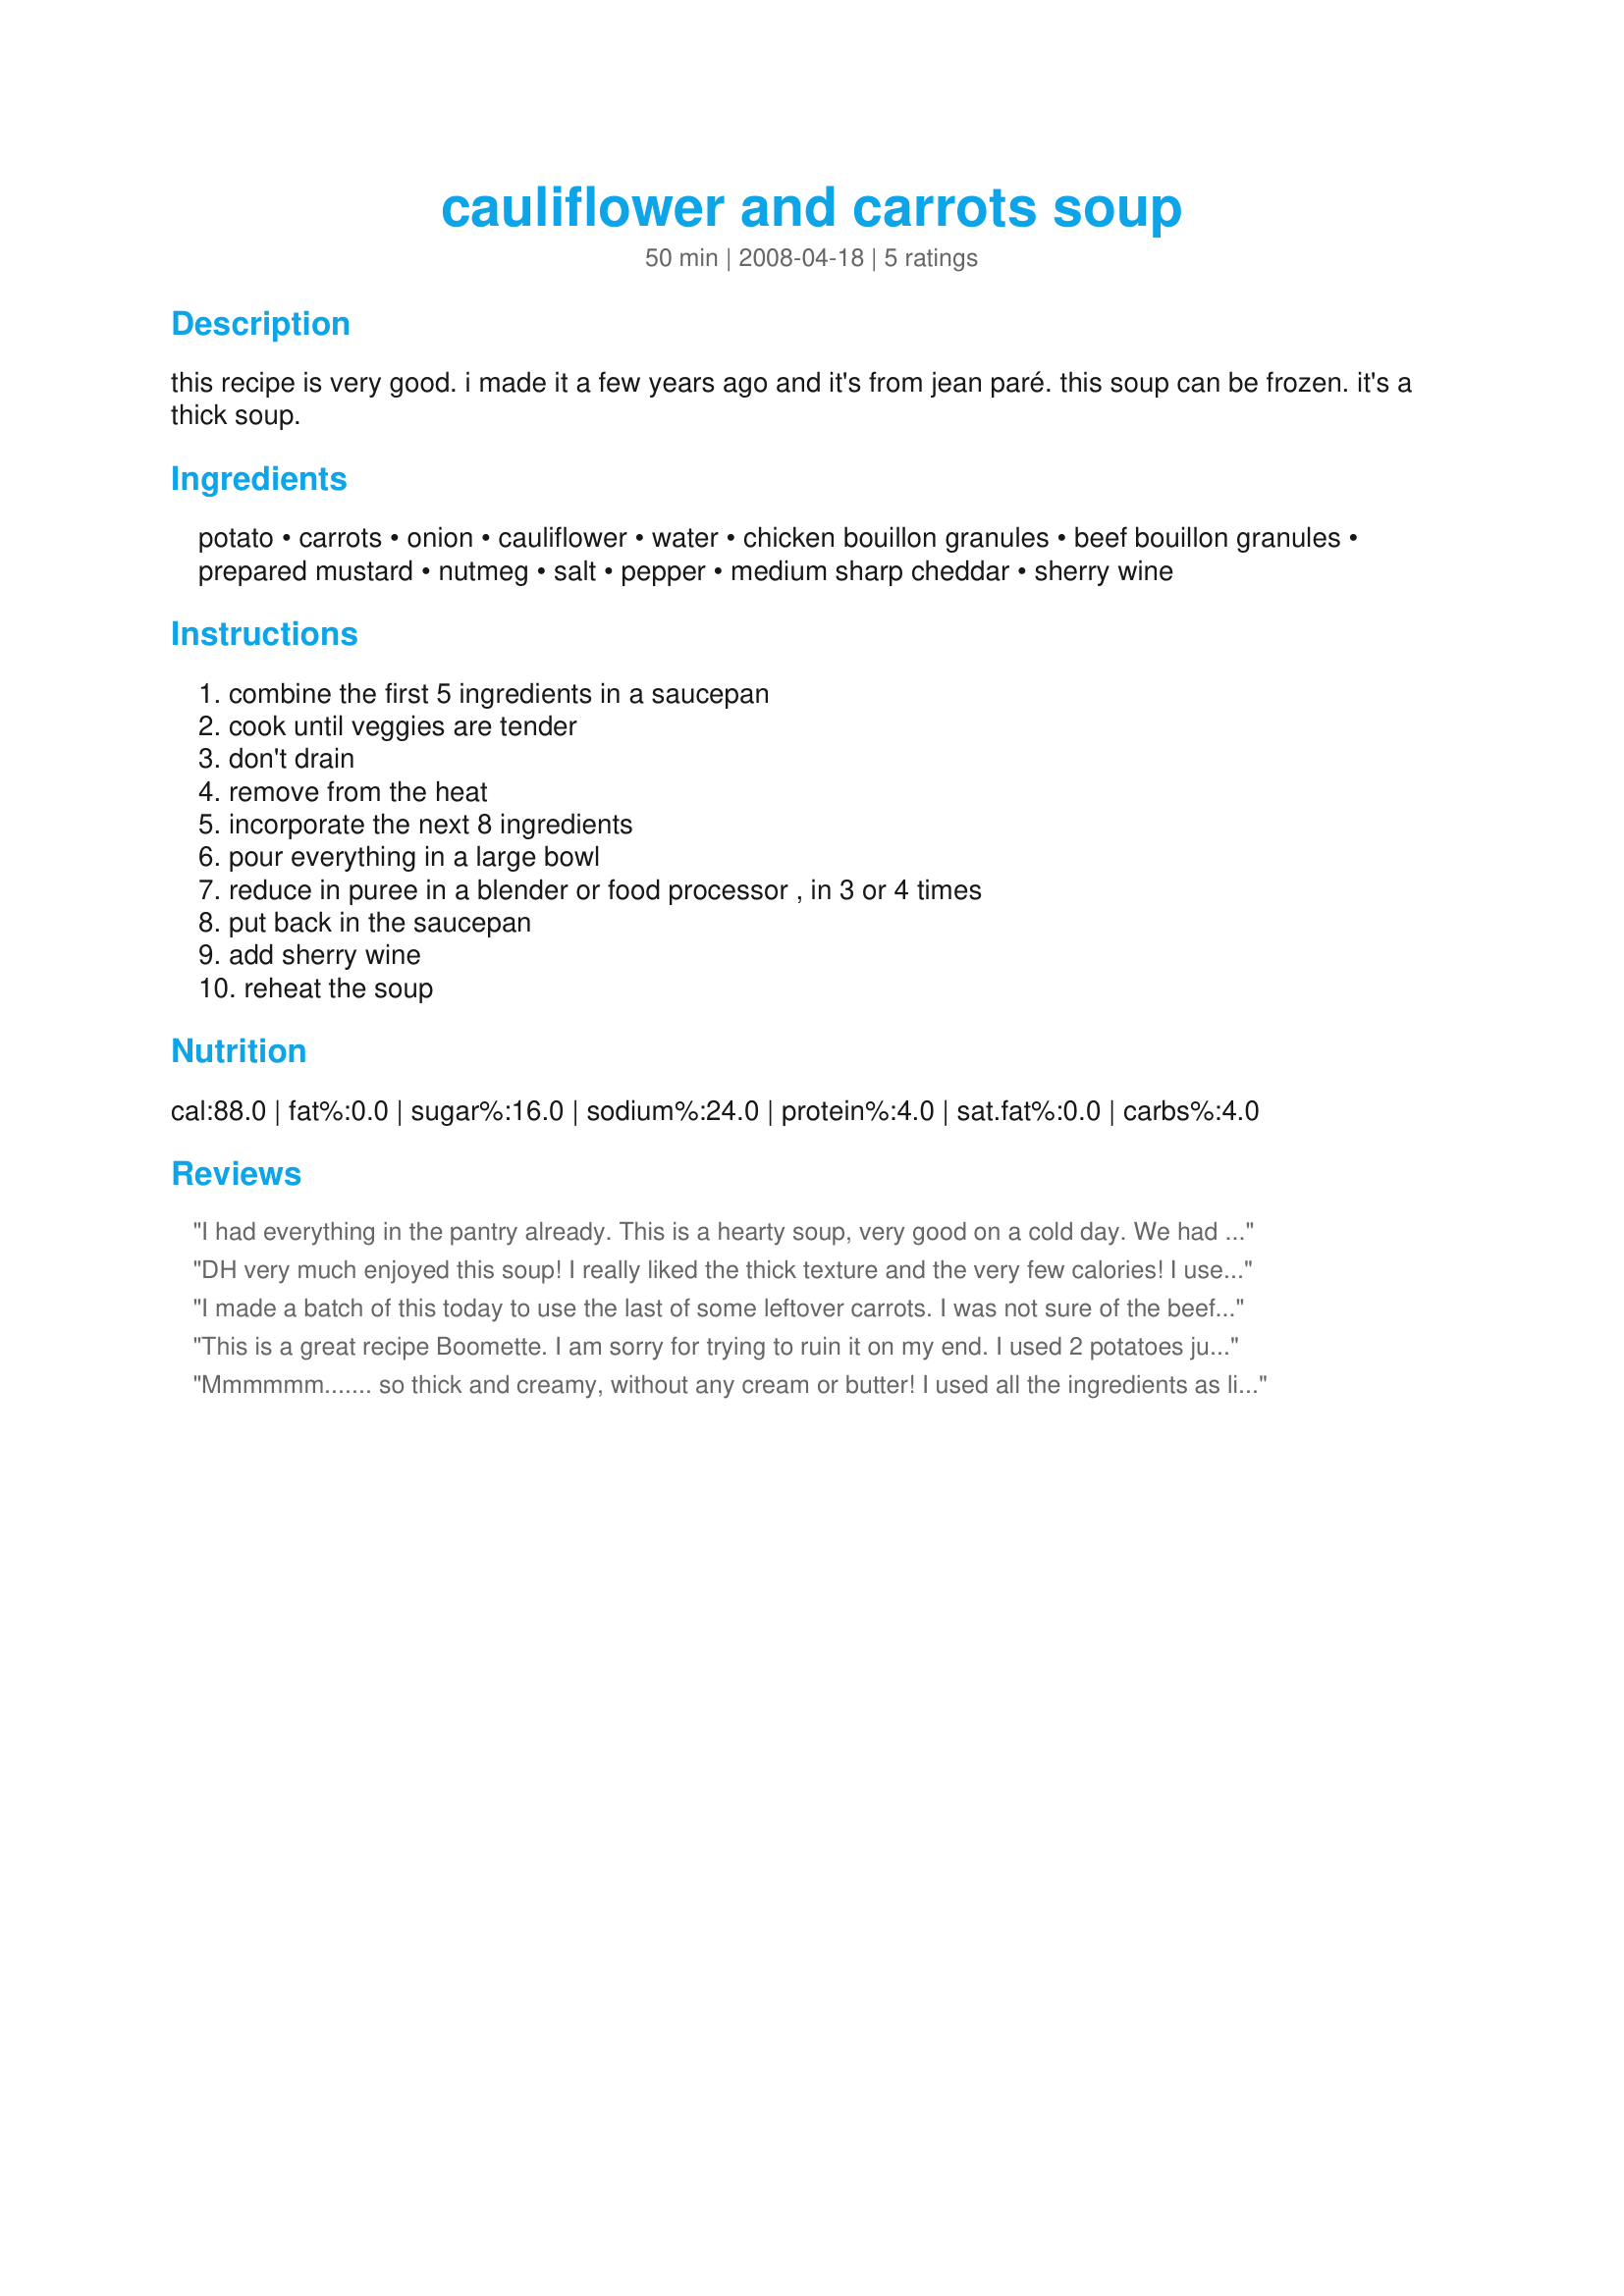
cauliflower and carrots soup
Preparation time: 50 minutes

this recipe is very good. i made it a few years ago and it's from jean paré. this soup can be frozen. it's a thick soup.

Ingredients:
potato, carrots, onion, cauliflower, water, chicken bouillon granules, beef bouillon granules, prepared mustard, nutmeg, salt, pepper, medium sharp cheddar, sherry wine

Steps:
combine the first 5 ingredients in a saucepan, cook until veggies are tender, don't drain, remove from the heat, incorporate the next 8 ingredients, pour everything in a large bowl, reduce in puree in a blender or food processor , in 3 or 4 times, put back in the saucepan, add sherry wine, reheat the soup

Reviews:
I had everything in the pantry already. This is a hearty soup, very good on a cold day. We had left over roast, so we fixed sandwiches with it and had this soup. Very satisfying.
DH very much enjoyed this soup! I really liked the thick texture and the very few calories! I used fat-free cheddar (although it doesn't melt very well) and served tonight as a main dish for three, which we hungrily ate on this cold Fall night. Probably next time I wouldn't add the nutmeg - I might do thyme or sage instead. Mine turned out much more orange from the carrots than the picture Parsley posted!
I made a batch of this today to use the last of some leftover carrots. I was not sure of the beef stock cube so I used a veg stock cube instead and it was very good. Just was you need on a cloudy, rainy evening while watching the world go by.
This is a great recipe Boomette. I am sorry for trying to ruin it on my end. I used 2 potatoes just because I wanted to use them up. I think I may have used a bit more cauliflower than what was called for too. I had to add a bunch more water as a result. This is all from my changes. A lesson, do not mess with a good thing! I also did not add the sherry, as I did not have it. I was confused about the water being in there twice, until I printed out and read the instructions. Duh. I added some leftover almonds on top. I am not a carrot fan, but this was pretty good. The carrots add a touch of sweetness to the soup, but not too much. I love the addition of nutmeg. I also omitted the salt and I didn't miss it. The green specks are the chives I put in my bowl, but I stirred it before I took the picture. I truly must try this again when I am having a better day. Made and Reviewed for 123 Hit Wonders - Thanks! :)
Mmmmmm....... so thick and creamy, without any cream or butter! I used all the ingredients as listed, but simmered everything except the cheese and sherry together (instead of just the first 5 ing) for about 20 minutes. I agree that no additional salt is needed. I used the optional sherry and think it really added a nice touch to the soup. Thanx for posting. I'll be amking this again!
